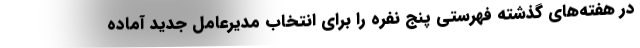
در هفته‌های گذشته فهرستی پنج نفره را برای انتخاب مدیرعامل جدید آماده